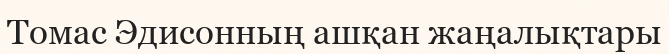
Томас Эдисонның ашқан жаңалықтары